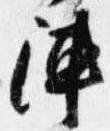
陣